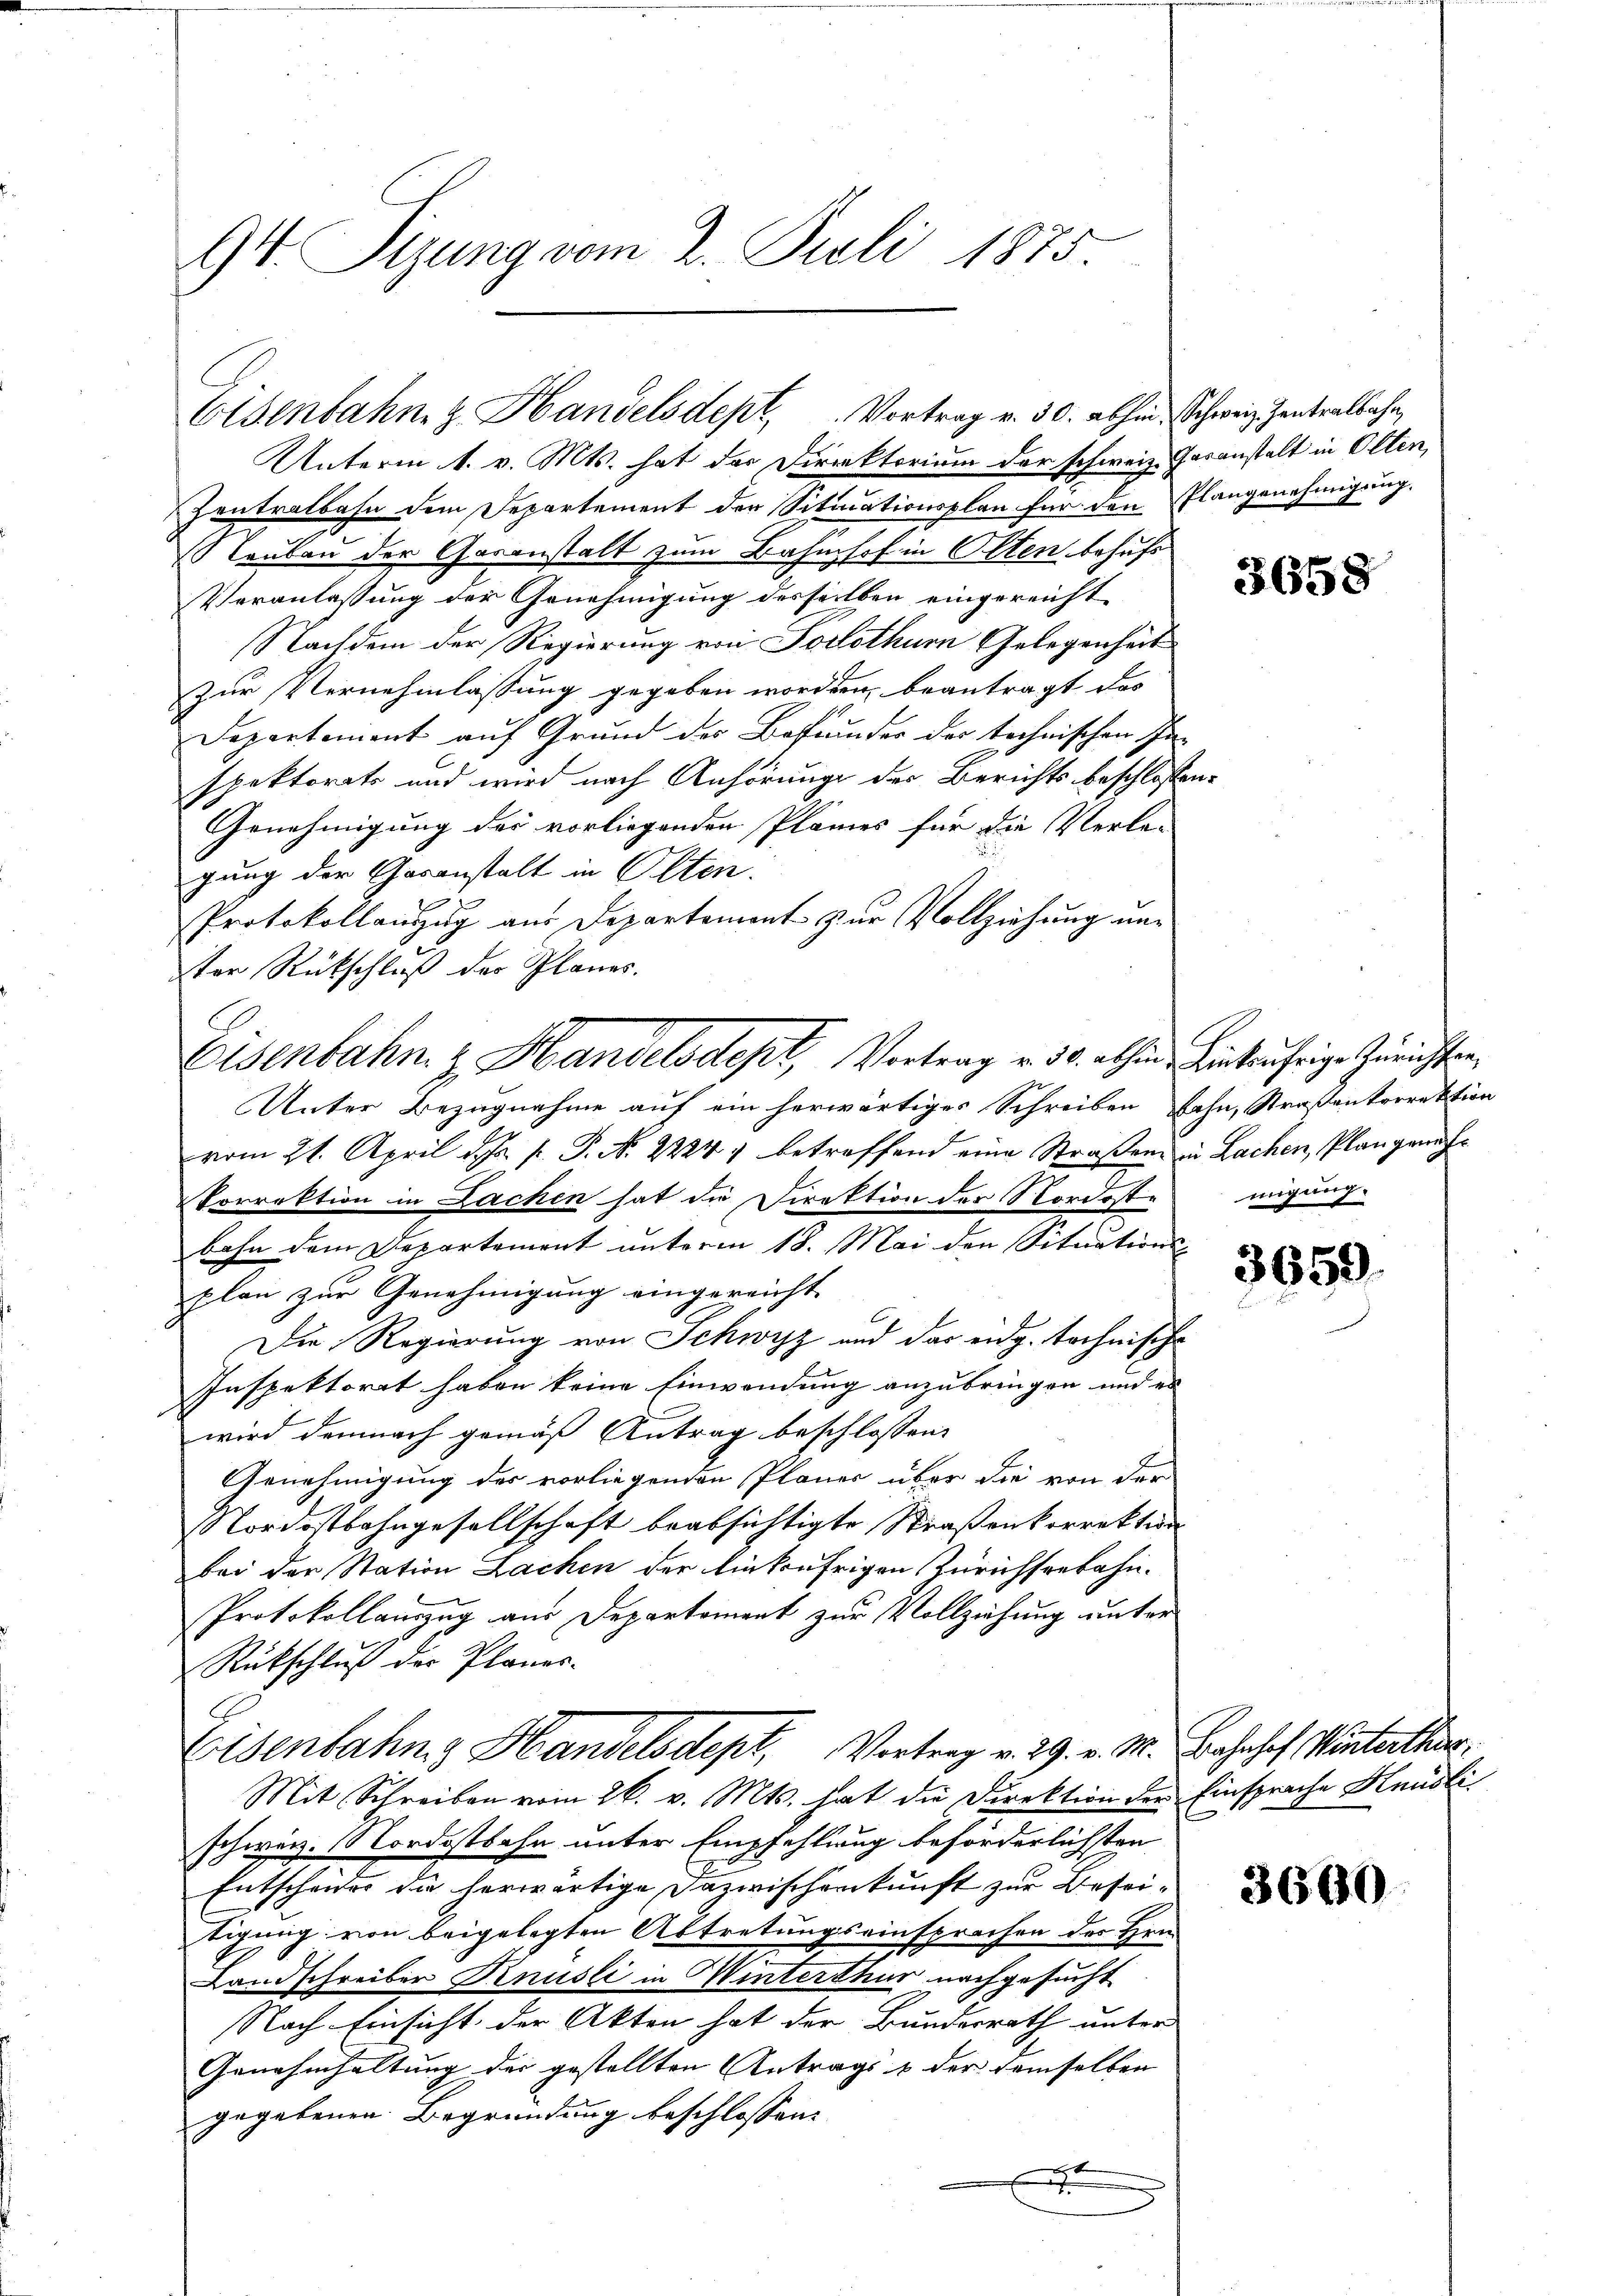
94. Sizung vom 2. Juli 1875.

Unterm 1. v. Mts. hat das Direktorium der schweiz. Gasanstalt in Olten,
Zentralbahn dem Departement der Situationsplan für den Plangenehmigung.
aubau der Gasanstalt zum Bahnhof in Olten behufs
Veranlassung der Genehmigung desselben eingereicht¬
Nachdem der Regierung von Solothurn Gelegenheit
zur Vernehmlassung gegeben worden, beantragt das
Departement auf Grund des Befunder der technischen In-
spektorats und wird nach Anhörung des Berichts beschlossen:
Genehmigung des vorliegenden Planes für die Verle-
gung der Gasanstalt in Olten.
Protokollauszug aus Departement zur Vollziehung unter Rückschluß der Planes.
Unter Bezugnahme auf ein herwärtiger Schreiben fahn, Straßenkorrektion
vom 21. April d. Js. p. P. N. 2224, betreffend eine Straßen in Lachen, Plangeneh¬
Porrektion in Lachen hat die Direktion der Nordoste migung.
bahn dem Departement unterm 18. Mai den Situations-
plan zur Genehmigung eingereicht
Die Regierung von Schwyz und das eidg. technische
Inspektorat haben keine Einwendung anzubringen und es
wird demnach gemäß Antrag beschlossen:
Genehmigung des vorliegenden Planer über die von der
Nordostbahngesellschaft beabsichtigte Straßenkorrektion
bei der Station Lachen der Einkufrigen Zürichseebahn¬
Protokollauszug aus Departoment zur Vollziehung unter
Rückschluß der Planes.
G
Eisenbahng Handelsdept, Vortrag v. 29. v. M. Bahnhof Winterthur,
Mit Schreiben vom 26. v. Mts. hat die Direktion der Einsprache Knüslischweiz. Nordostbahn unter Empfehlung beforderlichsten
Entscheides die herwärtige Dazwischenkunft zur Beseitigung von beigelegten Abtretungseinsprachen des Hrn.
Landschreiber Knüsli in Winterthur nachgesucht
Nach Einsicht der Akten hat der Bundesrath unter
Genahmhaltung der gestellten Antrags & der demselben |
gegebenen Begründung beschlossen:
r

Eisenbahn z. Handelsdept, Vortrag v. 30. abhin Schweiz. Zentralbahn,

Eisenbahn. z. Handelsdept, Vortrag v. 30. abhin Linkufrige Zürichten,

3658

3659

3660